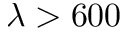
\lambda > 6 0 0